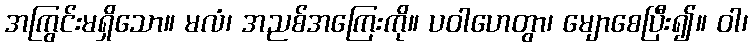
အကြွင်းမရှိသော။ မလံ၊ အညစ်အကြေးကို။ ပဝါဟေတွာ၊ မျောစေပြီး၍။ ဝါ၊